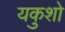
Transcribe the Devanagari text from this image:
यकुशो